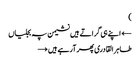
)
← اپنے ہی گراتے ہیں نشیمن پہ بجلیاں
طاہر القادری پھر آرہے ہیں →